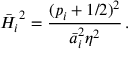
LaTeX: \bar { H _ { i } } ^ { 2 } = \frac { ( p _ { i } + 1 / 2 ) ^ { 2 } } { \bar { a } _ { i } ^ { 2 } \eta ^ { 2 } } \, .